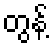
တွန့်